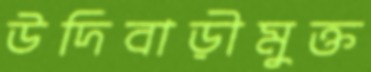
উদিবাড়ীমুক্ত